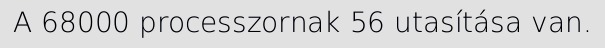
A 68000 processzornak 56 utasítása van.